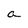
Character: a